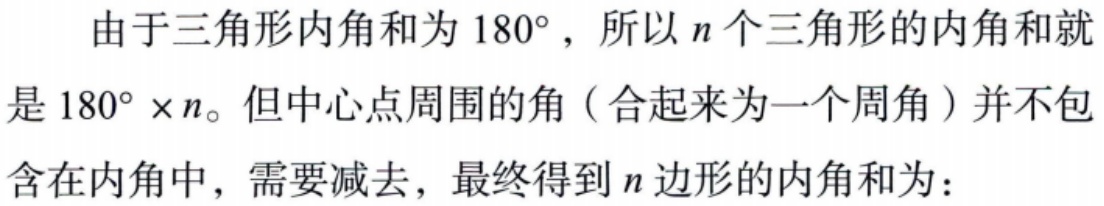
由于三角形内角和为 \(180^{\circ}\)，所以 \(n\) 个三角形的内角和就是 \(180^{\circ} \times n\)。但中心点周围的角（合起来为一个周角）并不包含在内角中，需要减去，最终得到 \(n\) 边形的内角和为：